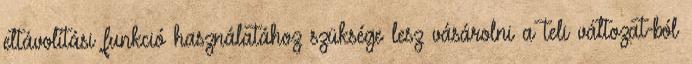
eltávolítási funkció használatához szüksége lesz vásárolni a teli változat-ból